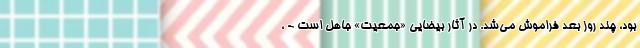
بود، چند روز بعد فراموش می‌شد. در آثار بیضایی «جمعیت» جاهل است - ،